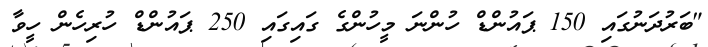
"ބަރުދަނުގައި 150 ޕައުންޑް ހުންނަ މީހުންގެ ގައިގައި 250 ޕައުންޑް ހުރިހެން ހީވާ